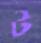
ট